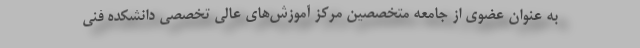
به عنوان عضوی از جامعه متخصصین مرکز آموزش‌های عالی تخصصی دانشکده فنی